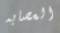
العصابه